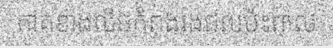
ភាគខាងលិចកំពុងរងផលប៉ះពាល់